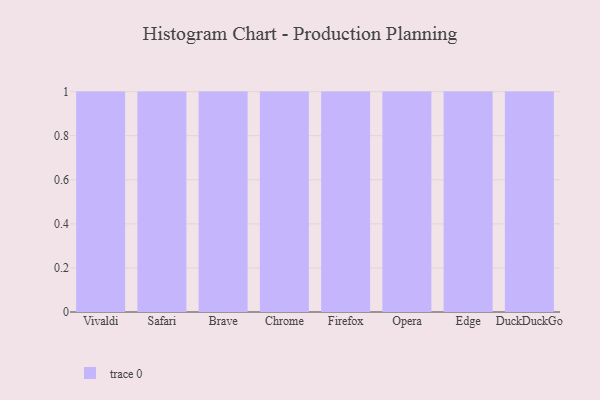
{"axis": {"x": "Browser", "y": "Net Income (USD K)"}, "legend": [""], "data": [{"x": "Vivaldi", "y": 56, "type": ""}, {"x": "Safari", "y": 70, "type": ""}, {"x": "Brave", "y": 18, "type": ""}, {"x": "Chrome", "y": 9, "type": ""}, {"x": "Firefox", "y": 18, "type": ""}, {"x": "Opera", "y": 2, "type": ""}, {"x": "Edge", "y": 14, "type": ""}, {"x": "DuckDuckGo", "y": 76, "type": ""}]}